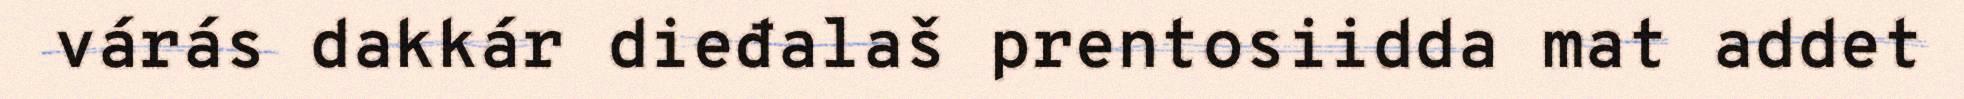
várás dakkár dieđalaš prentosiidda mat addet